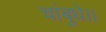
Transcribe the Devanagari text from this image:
चांबुधे।।